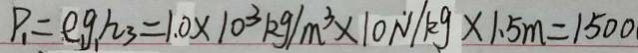
P _ { 1 } = e _ { 1 } g _ { 1 } h _ { 3 } = 1 . 0 \times 1 0 ^ { 3 } k g / m ^ { 3 } \times 1 0 \dot { N } / k g \times 1 . 5 m = 1 5 0 0